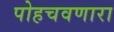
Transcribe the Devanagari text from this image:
पोहचवणारा